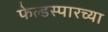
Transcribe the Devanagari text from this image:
फेल्डस्पारच्या